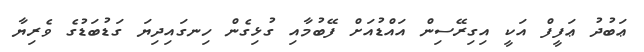
ޢަބުދު ޢަފީފް އަކީ އިގިރޭސިން އައްޑުއަށް ފޭބުމާއި ގުޅިގެން ހިނގައިދިޔަ ގަޑުބަޑުގެ ވެރިޔާ